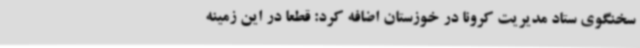
سخنگوی ستاد مدیریت کرونا در خوزستان اضافه کرد: قطعا در این زمینه